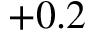
+ 0 . 2